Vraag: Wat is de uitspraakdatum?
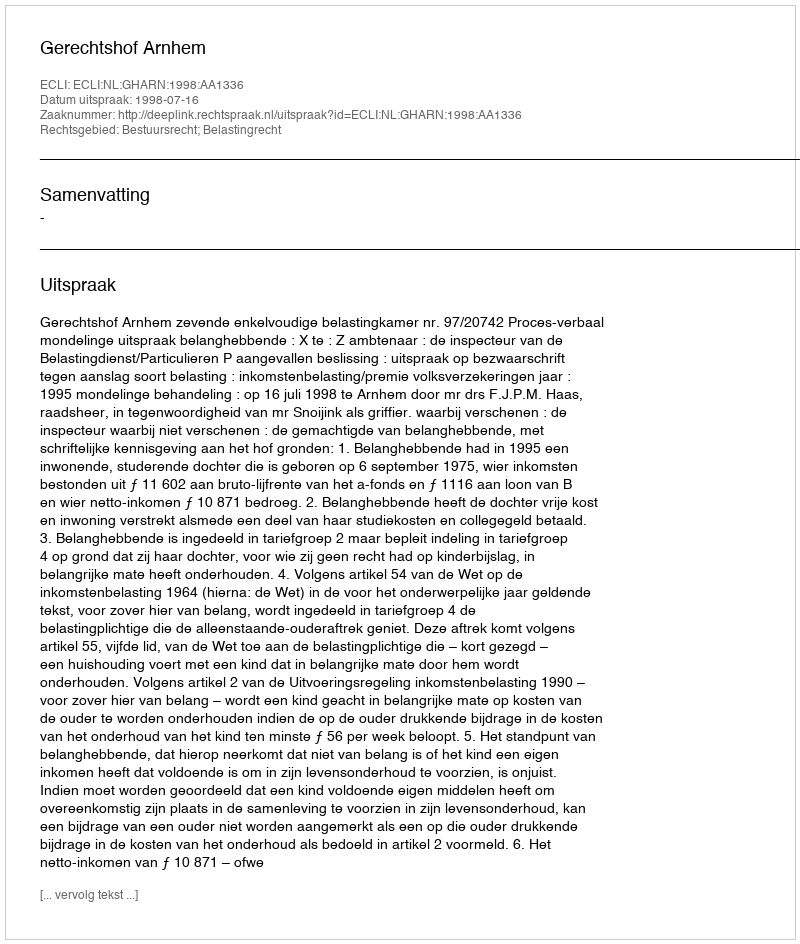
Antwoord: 1998-07-16